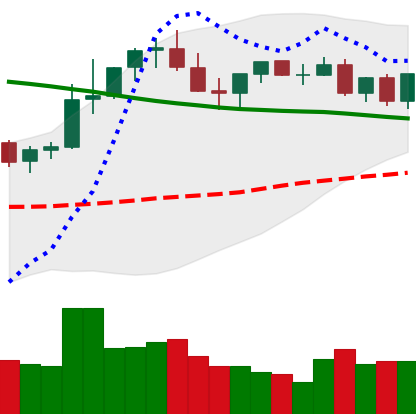
Ticker: TRX-USD
Chart end date: 2021-08-27
Forward return: 7.753%
Label: up_7plus